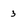
Character: 3